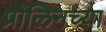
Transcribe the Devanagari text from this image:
प्रोलिनच्या